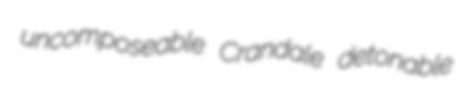
uncomposeable Crandale detonable